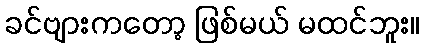
ခင်ဗျားကတော့ ဖြစ်မယ် မထင်ဘူး။